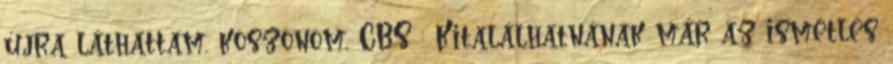
újra láthattam, köszönöm, CBS : Kitalálhatnának már az ismétlés